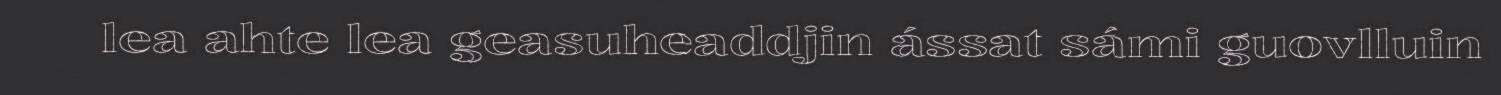
lea ahte lea geasuheaddjin ássat sámi guovlluin